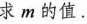
求m的值。